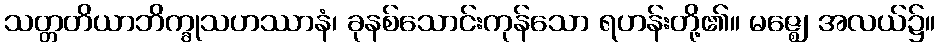
သတ္တတိယာဘိက္ခုသဟဿာနံ၊ ခုနစ်သောင်းကုန်သော ရဟန်းတို့၏။ မဇ္ဈေ၊ အလယ်၌။